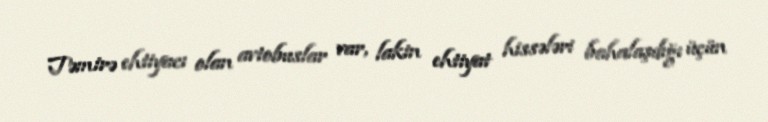
Təmirə ehtiyacı olan avtobuslar var, lakin ehtiyat hissələri bahalaşdığı üçün